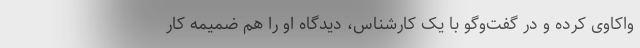
واکاوی کرده و در گفت‌وگو با یک کارشناس، دیدگاه او را هم ضمیمه کار